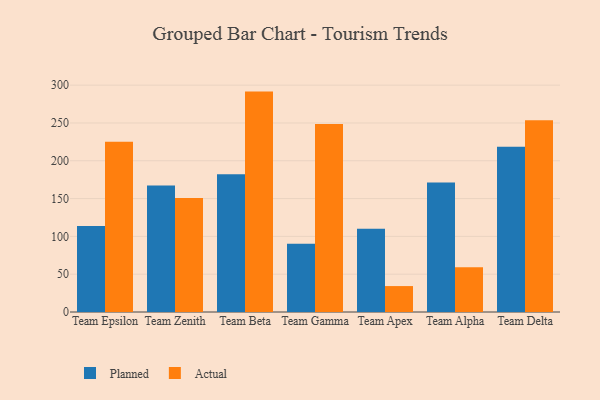
{"axis": {"x": "Team", "y": "Operating Costs (USD K)"}, "legend": ["Actual", "Planned"], "data": [{"x": "Team Epsilon", "y": 113.8, "type": "Planned"}, {"x": "Team Epsilon", "y": 225.1, "type": "Actual"}, {"x": "Team Zenith", "y": 167.3, "type": "Planned"}, {"x": "Team Zenith", "y": 150.8, "type": "Actual"}, {"x": "Team Beta", "y": 182.3, "type": "Planned"}, {"x": "Team Beta", "y": 291.5, "type": "Actual"}, {"x": "Team Gamma", "y": 90.3, "type": "Planned"}, {"x": "Team Gamma", "y": 248.7, "type": "Actual"}, {"x": "Team Apex", "y": 110.0, "type": "Planned"}, {"x": "Team Apex", "y": 34.3, "type": "Actual"}, {"x": "Team Alpha", "y": 171.3, "type": "Planned"}, {"x": "Team Alpha", "y": 59.3, "type": "Actual"}, {"x": "Team Delta", "y": 218.6, "type": "Planned"}, {"x": "Team Delta", "y": 253.6, "type": "Actual"}]}